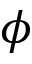
\phi